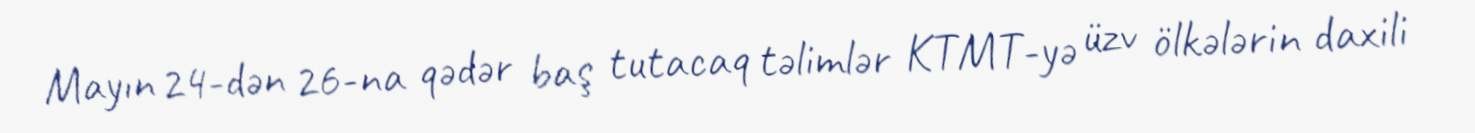
Mayın 24-dən 26-na qədər baş tutacaq təlimlər KTMT-yə üzv ölkələrin daxili